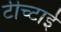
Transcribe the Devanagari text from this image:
टीच्टाई